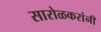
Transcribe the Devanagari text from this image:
सारोळकरांनी